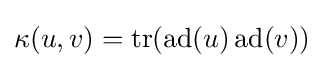
\kappa (u,v)=\operatorname {tr} (\operatorname {ad} (u)\operatorname {ad} (v))